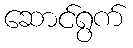
ဆောင်ရွက်